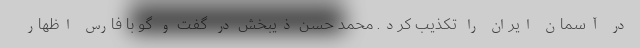
در آسمان ایران را تکذیب کرد. ‌محمد حسن ذیبخش در گفت و گو با فارس اظهار